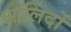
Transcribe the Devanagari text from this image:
आलिंदों